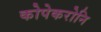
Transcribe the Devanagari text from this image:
कोपेकरोनि